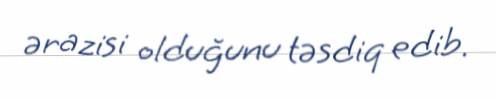
ərazisi olduğunu təsdiq edib.